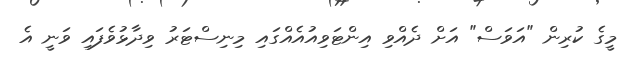
މީގެ ކުރިން "އަވަސް" އަށް ދެއްވި އިންޓަވިއުއެއްގައި މިނިސްޓަރު ވިދާޅުވެފައި ވަނީ އެ